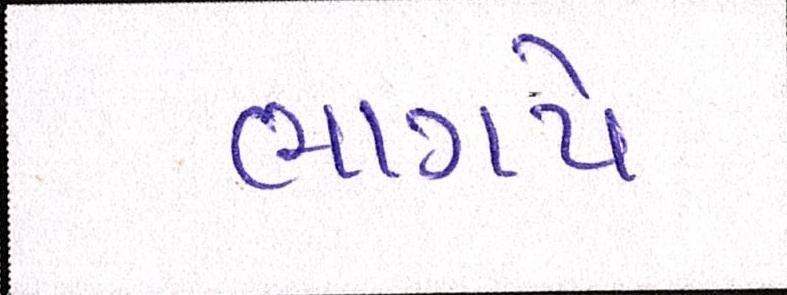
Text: ભાગપે